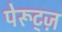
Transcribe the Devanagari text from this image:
पेरूट्ज़